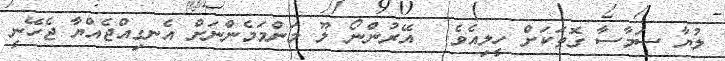
ލުޔާ ސަމާސާ ގޮތަަކަށް ހީލިއެވެ.  އޭރުންނޯ ލޫ މަންމަމެންނަށް އެނގިއްޖެއްޔާ ޖެހޭނީ